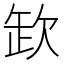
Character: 欫